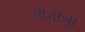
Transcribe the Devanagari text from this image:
अॅनीशी